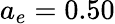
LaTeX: a_{e}=0.50